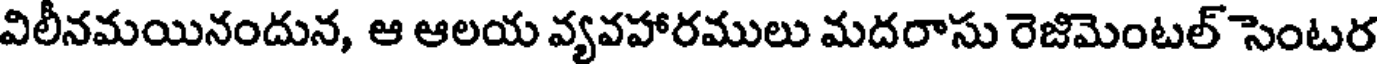
విలీనమయినందున, ఆ ఆలయ వ్యవహారములు మదరాసు రెజిమెంటల్ సెంటర